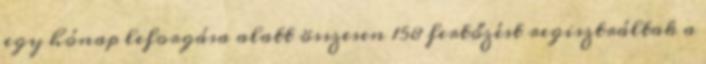
egy hónap leforgása alatt összesen 158 fertőzést regisztráltak a